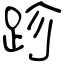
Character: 跈